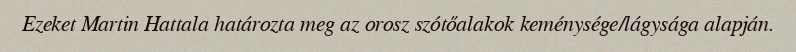
Ezeket Martin Hattala határozta meg az orosz szótőalakok keménysége/lágysága alapján.